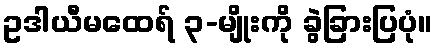
ဥဒါယီမထေရ် ၃-မျိုးကို ခွဲခြားပြပုံ။